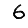
Digit: 6